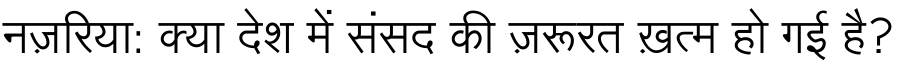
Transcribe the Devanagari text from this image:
नज़रिया: क्या देश में संसद की ज़रूरत ख़त्म हो गई है?